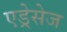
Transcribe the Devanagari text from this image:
एड्रेसेज